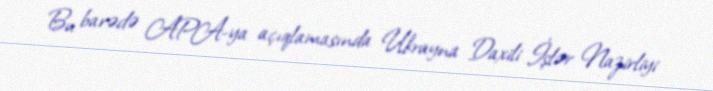
Bu barədə APA-ya açıqlamasında Ukrayna Daxili İşlər Nazirliyi